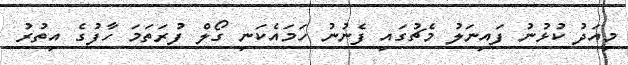
މިއަދު ކުޅުނު ފައިނަލު މެޗުގައި ފެނުނު ހަމައެކަނި ގޯލް ފުރަތަމަ ހާފުގެ އިތުރު